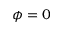
\phi = 0